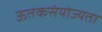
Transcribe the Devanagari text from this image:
ऊतकसंयोज्यता